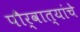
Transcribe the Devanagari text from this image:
पौर्वात्यांचे